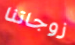
زوجاتنا